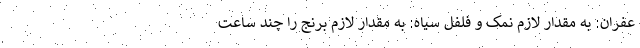
عفران: به مقدار لازم نمک و فلفل سیاه: به مقدار لازم برنج را چند ساعت